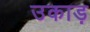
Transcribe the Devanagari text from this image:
उकाड़